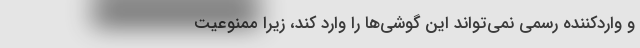
و واردکننده رسمی نمی‌تواند این گوشی‌ها را وارد کند، زیرا ممنوعیت